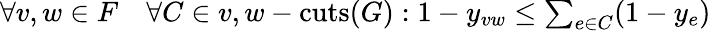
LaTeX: \begin{array}{r}{\forall v,w\in F\quad\forall C\in v,w-\mathrm{cuts}(G):1-y_{vw}\leq\sum_{e\in C}(1-y_{e})}\end{array}